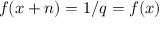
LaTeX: f ( x + n ) = 1 / q = f ( x )